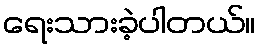
ရေးသားခဲ့ပါတယ်။